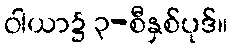
ဝါယာ၌ ၃-စီနှစ်ပုဒ်။